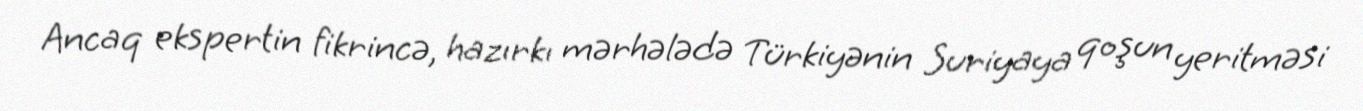
Ancaq ekspertin fikrincə, hazırkı mərhələdə Türkiyənin Suriyaya qoşun yeritməsi